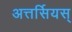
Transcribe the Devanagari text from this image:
अत्तर्सियस्